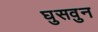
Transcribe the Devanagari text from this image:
घुसवुन